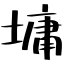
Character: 墉